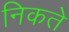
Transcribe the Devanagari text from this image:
निकते